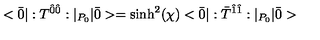
< \bar { 0 } | : T ^ { \hat { 0 } \hat { 0 } } : | _ { P _ { 0 } } | \bar { 0 } > = \sinh ^ { 2 } ( \chi ) < \bar { 0 } | : \bar { T } ^ { \hat { 1 } \hat { 1 } } : | _ { P _ { 0 } } | \bar { 0 } >